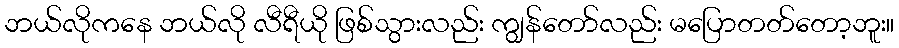
ဘယ်လိုကနေ ဘယ်လို လီရီယို ဖြစ်သွားလည်း ကျွန်တော်လည်း မပြောတတ်တော့ဘူး။